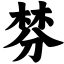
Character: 棼